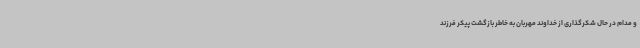
و مدام در حال شکرگذاری از خداوند مهربان به خاطر بازگشت پیکر فرزند